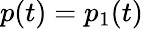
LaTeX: p(t)=p_{1}(t)